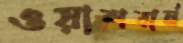
ওয়াশবার্ন